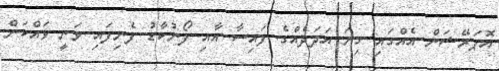
އޮޕަރޭޝަން އެއްގައި ގިނަ އަދަދެއްގެ ފައިސާ އާއި ފޯނުކާޑު ފެނިފައި ވަނީ ވައްކަން